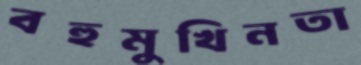
বহুমুখিনতা